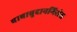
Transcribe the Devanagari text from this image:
बाबाबुदानगिरीस